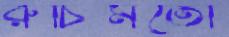
রুচিমতো